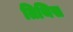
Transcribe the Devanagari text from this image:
तिथिस